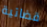
قضائية